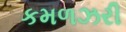
કમળઝરી